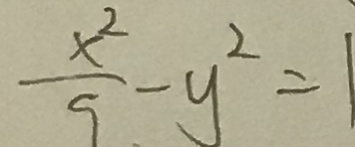
\frac { x ^ { 2 } } { 9 } - y ^ { 2 } = 1